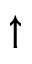
\uparrow